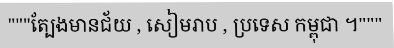
"""ត្បែងមានជ័យ , សៀមរាប , ប្រទេស កម្ពុជា ។"""